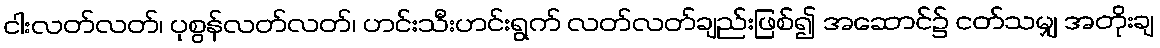
ငါးလတ်လတ်၊ ပုစွန်လတ်လတ်၊ ဟင်းသီးဟင်းရွက် လတ်လတ်ချည်းဖြစ်၍ အဆောင်၌ ငတ်သမျှ အတိုးချ